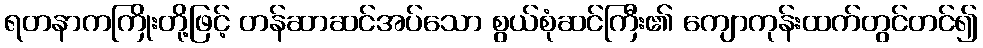
ရတနာကကြိုးတို့ဖြင့် တန်ဆာဆင်အပ်သော စွယ်စုံဆင်ကြီး၏ ကျောကုန်းထက်တွင်တင်၍